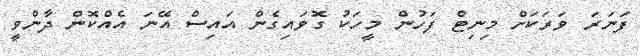
ފަނަރަ ވަރަކަށް މިނިޓް ފަހުން މީހަކު ގޮވައިގެން އައިސް އޭނަ އެއްކޮން ދާންވީ